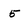
Character: 5